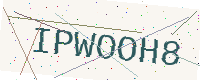
Text: IPWOOH8